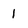
Character: 1